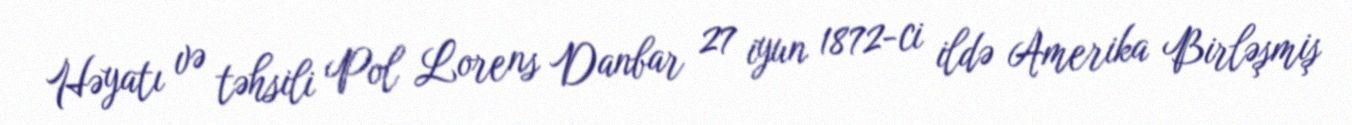
Həyatı və təhsili Pol Lorens Danbar 27 iyun 1872-ci ildə Amerika Birləşmiş